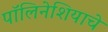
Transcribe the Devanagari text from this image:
पॉलिनेशियाचे